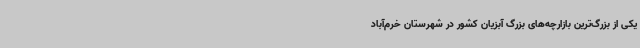
یکی از بزرگ‌ترین بازارچه‌های بزرگ آبزیان کشور در شهرستان خرم‌آباد